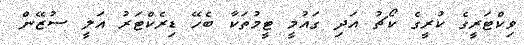
ވިކްޓަރީގެ ކުރީގެ ކޯޗު އަދި ގައުމީ ޓީމުތަކާ ބެހޭ ޑިރެކްޓަރު އަލީ ސުޒޭން